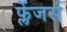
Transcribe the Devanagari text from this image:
फ्लेंजर्स